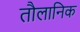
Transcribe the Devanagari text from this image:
तौलानिक